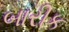
બારીક